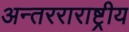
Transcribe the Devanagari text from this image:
अन्तरराराष्ट्रीय